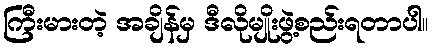
ကြီးမားတဲ့ အချိန်မှ ဒီလိုမျိုးဖွဲ့စည်းရတာပါ။